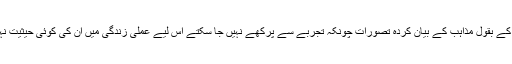
سائنس کے بقول مذاہب کے بیان کردہ تصورات چونکہ تجربے سے پرکھے نہیں جا سکتے اس لیے عملی زندگی میں ان کی کوئی حیثیت نہیں ہے۔